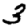
Digit: 3